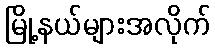
မြို့နယ်များအလိုက်